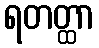
ရတတ္ထာ